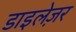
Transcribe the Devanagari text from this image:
डाइलेज़र